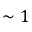
\sim 1